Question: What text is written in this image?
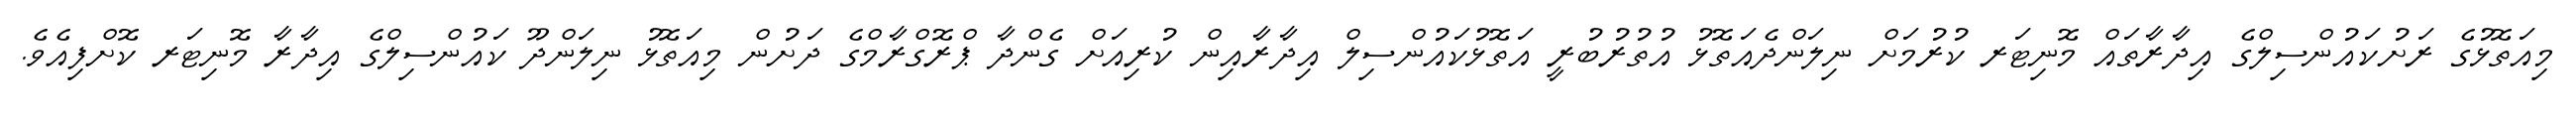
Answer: މިއަތޮޅުގެ ރަށުކައުންސިލްގެ އިދާރާތައް މޮނިޓަރ ކުރުމަށް ނިލަންދެއަތޮޅު އުތުރުބުރީ އަތޮޅުކައުންސިލް އިދާރާއިން ކުރިއަށް ގެންދާ ޕްރޮގްރާމްގެ ދަށުން މިއަތޮޅު ނިލަންދޫ ކައުންސިލްގެ އިދާރާ މޮނިޓަރ ކޮށްފިއެވެ.